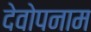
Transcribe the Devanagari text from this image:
देवोपनाम